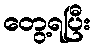
တွေ့ရပြီး